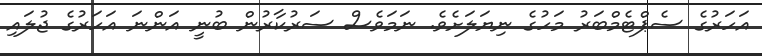
އަހަރުގެ ސެޕްޓެމްބަރު މަހުގެ ނިޔަލަށެވެ. ނަމަވެސް ސަރުކާރުން ބުނީ އަންނަ އަހަރުގެ ޖުލައި